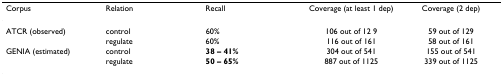
<table><thead><tr><td><b>Corpus</b></td><td><b>Relation</b></td><td><b>Recall</b></td><td><b>Coverage (at least 1 dep)</b></td><td><b>Coverage (2 dep)</b></td></tr></thead><tbody><tr><td>ATCR (observed)</td><td>control</td><td>60%</td><td>106 out of 12 9</td><td>59 out of 129</td></tr><tr><td></td><td>regulate</td><td>60%</td><td>116 out of 161</td><td>58 out of 161</td></tr><tr><td>GENIA (estimated)</td><td>control</td><td><b>38 – 41%</b></td><td>304 out of 541</td><td>155 out of 541</td></tr><tr><td></td><td>regulate</td><td><b>50 – 65%</b></td><td>887 out of 1125</td><td>339 out of 1125</td></tr></tbody></table>